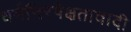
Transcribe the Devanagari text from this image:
धर्मनिरपेक्षतावादी